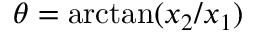
\theta = \arctan ( x _ { 2 } / x _ { 1 } )